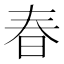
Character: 春